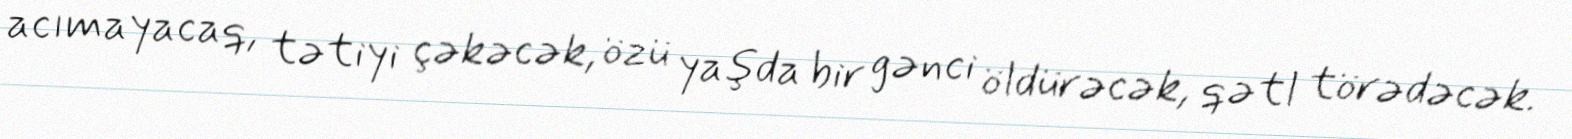
acımayacaq, tətiyi çəkəcək, özü yaşda bir gənci öldürəcək, qətl törədəcək.